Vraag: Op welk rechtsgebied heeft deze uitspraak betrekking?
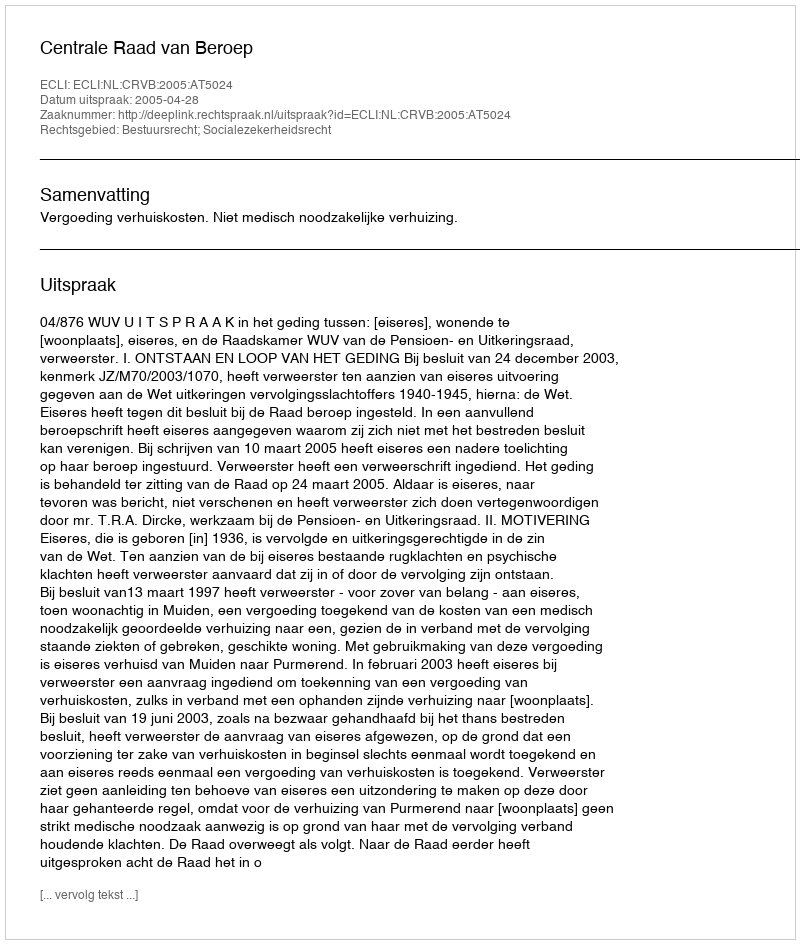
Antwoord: Bestuursrecht; Socialezekerheidsrecht